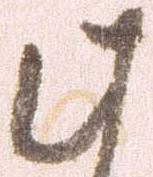
此